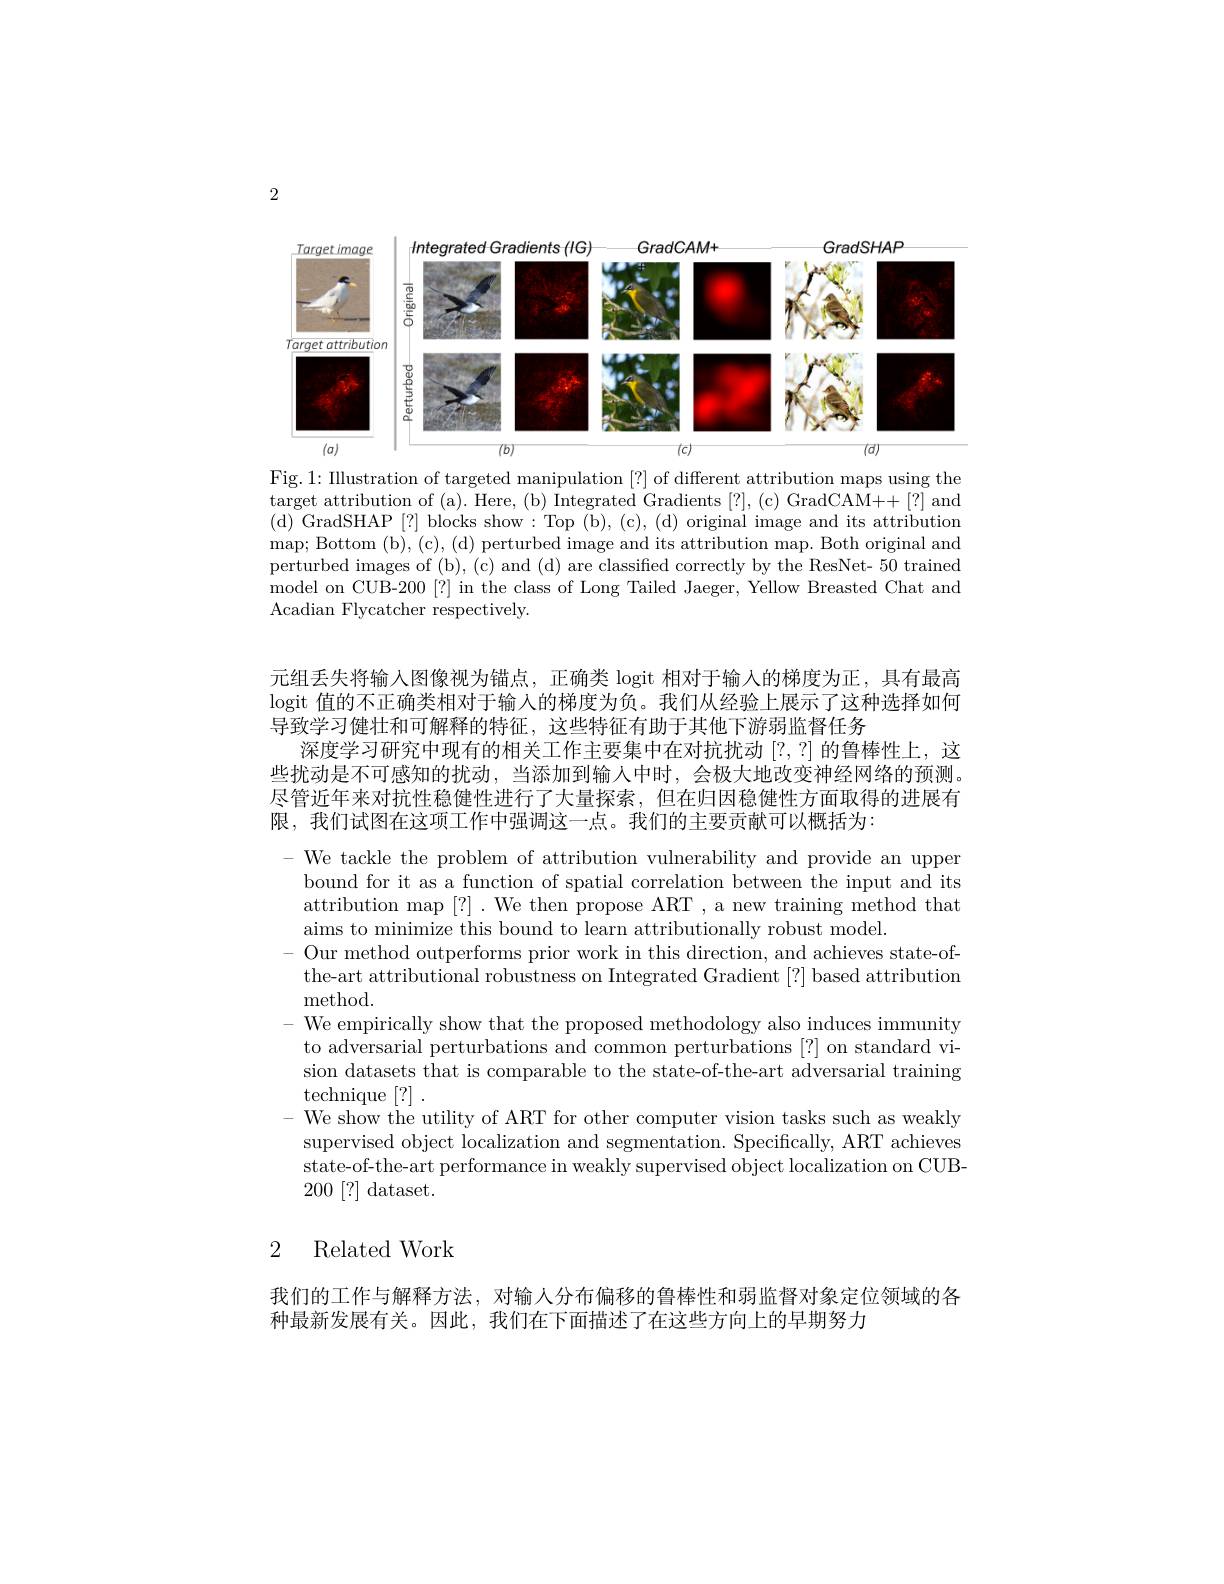
2

<FigureHere>

Fig. 1: Illustration of targeted manipulation [?] of different attribution maps using the target attribution of (a). Here, (b) Integrated Gradients [?], (c) GradCAM++[?] and (d)GradSHAP[?] blocks show:Top(b),(c),(d) original image and its attribution map; Bottom (b), (c), (d) perturbed image and its attribution map. Both original and perturbed images of (b), (c) and (d) are classified correctly by the ResNet- 50 trained model on CUB-200[?] in the class of Long Tailed Jaeger, Yellow Breasted Chat and Acadian Flycatcher respectively.

元组丢失将输入图像视为锚点，正确类 logit 相对于输人的梯度为正，具有最高logit 值的不正确类相对于输入的梯度为负。我们从经验上展示了这种选择如何导致学习健壮和可解释的特征，这些特征有助于其他下游弱监督任务
深度学习研究中现有的相关工作主要集中在对抗扰动[?,?]的鲁棒性上，这些扰动是不可感知的扰动，当添加到输人中时，会极大地改变神经网络的预测。尽管近年来对抗性稳健性进行了大量探索，但在归因稳健性方面取得的进展有限，我们试图在这项工作中强调这一点。我们的主要贡献可以概括为：

- We tackle the problem of attribution vulnerability and provide an uppe bound for it as a function of spatial correlation between the input and its attribution map [?]. We then propose ART , a new training method that aims to minimize this bound to learn attributionally robust model.
- Our method outperforms prior work in this direction, and achieves state-of-
the-art attributional robustness on Integrated Gradient [?] based attribution
${\mathrm{method}}.$
- We empirically show that the proposed methodology also induces immunity to adversarial perturbations and common perturbations [?] on standard vision datasets that is comparable to the state-of-the-art adversarial training $\operatorname{technique}\left[?\right].$
- We show the utility of ART for other computer vision tasks such as weakly supervised object localization and segmentation. Specifically, ART achieves state-of-the-art performance in weakly supervised object localization on CUB- 200[?]dataset.

## 2 Related Work

我们的工作与解释方法，对输人分布偏移的鲁棒性和弱监督对象定位领域的各
种最新发展有关。因此，我们在下面描述了在这些方向上的早期努力